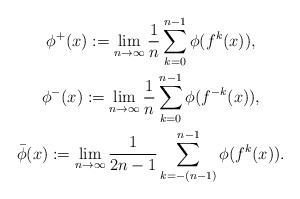
\begin{gather*}\phi^+(x) := \lim _{n \rightarrow \infty}\frac1n \sum^{n-1}_{k=0} \phi(f^k(x)), \\\phi^-(x) := \lim _{n \rightarrow \infty}\frac1n \sum^{n-1}_{k=0} \phi(f^{-k}(x)), \\\bar\phi(x) := \lim _{n \rightarrow \infty}\frac1{2n-1} \sum^{n-1}_{k=-(n-1)} \phi(f^k(x)). \end{gather*}